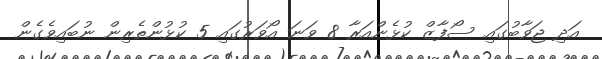
އަދި ޖަވާބުގައި ސޯފާޒް ކުޅެންއަރާ 8 ވަނަ އޯވަރުގައި 5 ކުޅުންތެރިން ނުބައިވެގެން